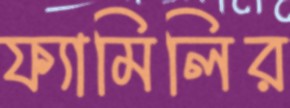
ফ্যামিলির